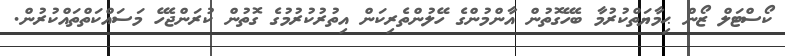
ކޯސްޓަލް ޒޯން ޙިމާޔަތްކުރުމާ ބެހޭގޮތުން އާންމުންގެ ހޭލުންތެރިކަން އިތުރުކުރުމުގެ ގޮތުން ކުރަންޖެހޭ މަސައްކަތްތައްކުރުން.